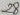
Text: 28